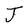
Character: J